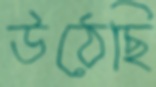
উঠেছি